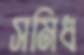
সমিধ